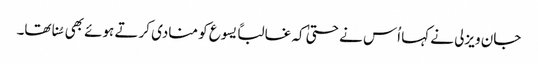
جان ویزلی نے کہا اُس نے حتیٰ کہ غالباً یسوع کو منادی کرتے ہوئے بھی سُنا تھا۔